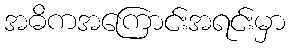
အဓိကအကြောင်းအရင်းမှာ